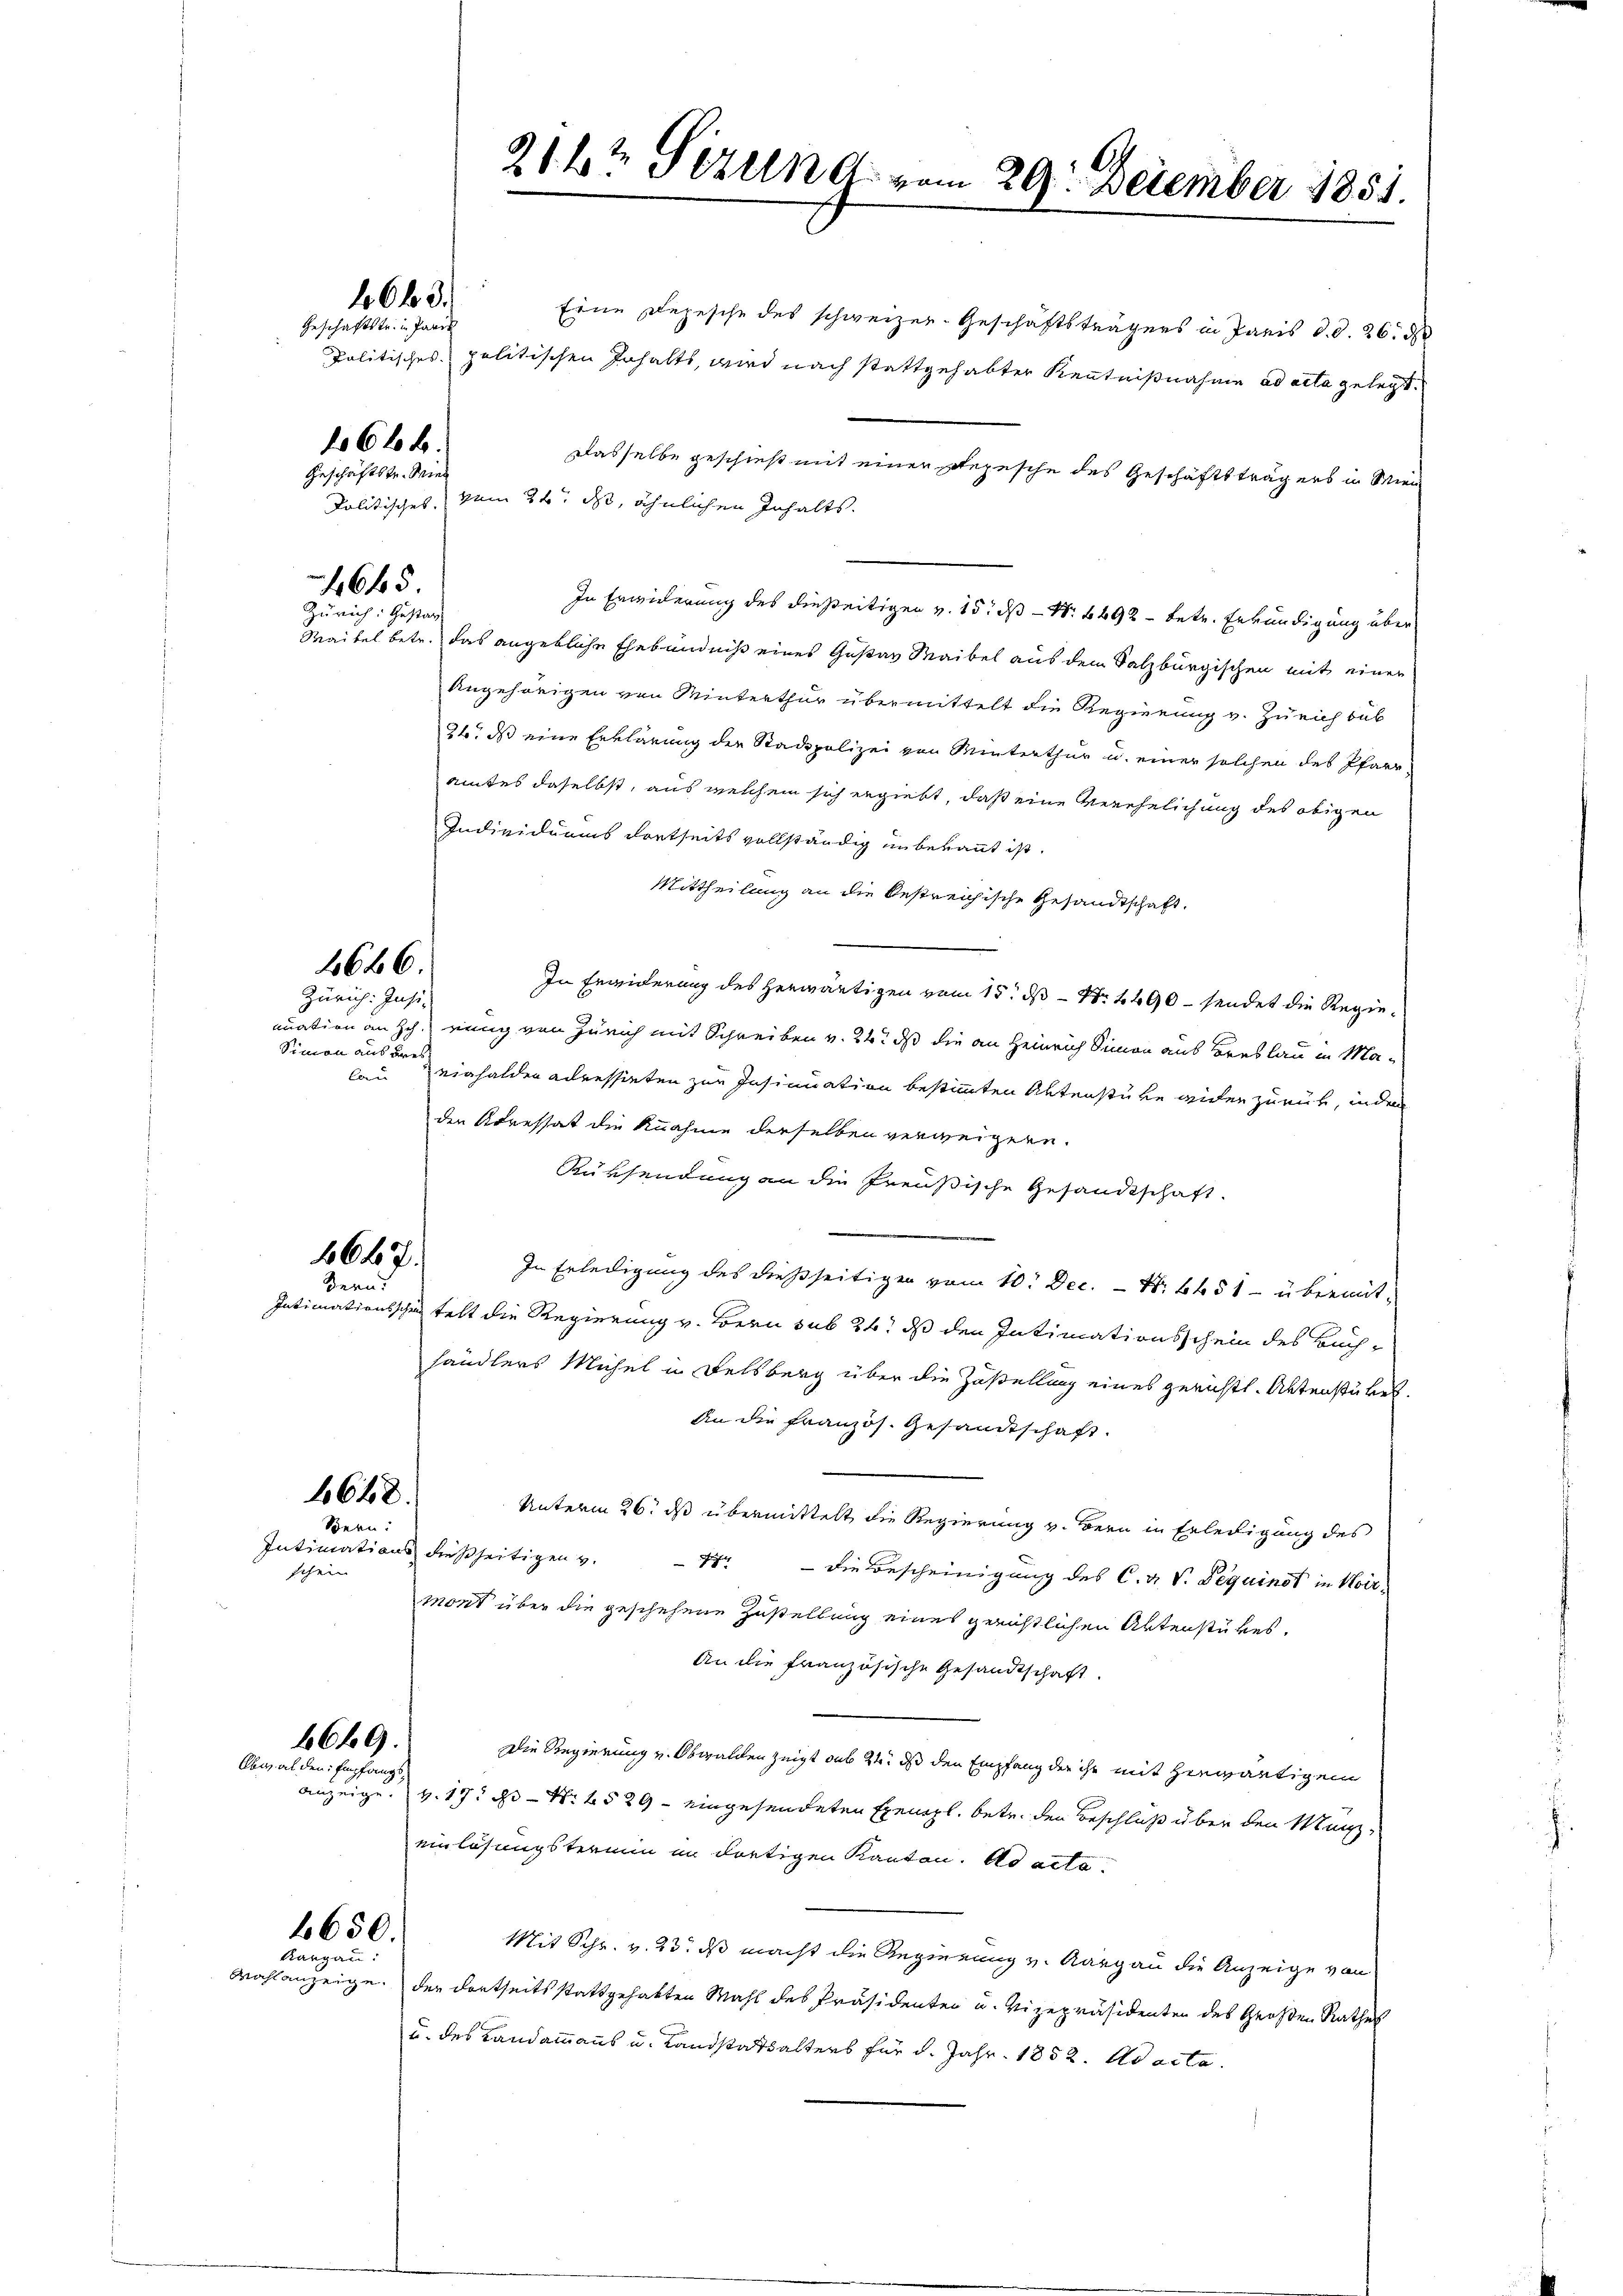
schein

1663.

Geschäftstr. in Paris

Geschäftstr. Wies

166.

1645
Zürich: Gestan

4666.

Zürich. Insi-
Simon aus Bret¬

1642.
Bern.

1648.
Bern:

6669.
Abeal den Empfangs

2650.
Kargau.

Eine Depesche des schweizer-Geschäftsträgers in Paris d.d. 26.
politisches politischen Inhalts, wird nach stattgehabter Kenntnißnahme ad acta gelegt.
Dasselbe geschieht mit einer Depesche des Geschäftsträgers in Mien
kolitisches vom 24. ds, ähnlichen Inhalts.
In Erwiderung des dießeitigen v. 15. ds N. 4492 - betr. Erkundigung über
Maitel betr. das angebliche Ehebendniß eines Gustav Maibel aus dem Salzburgischen mit einer
Angehörigen von Winterthur übermittelt die Regierung v. Zürich bub
26. ds eine Erklärung der Stadtpolizei von Winterthur u. einer solchen des Pfarramtes daselbst, aus welchem sich ergiebt, daß eine Verehelichung des obigen
Individuums dortseits vollständig in bekannt ist.
Mittheilung an die bestreichische Gesandtschaft.
In Erwiderung des herwärtigen vom 15. ds Nr. 4490 - sendet die Regienuation an Hch. einig von Zürich mit Schreiben v. 24, daß die an Heinrich Simon aus Breslau in Malau einhalden adressieten zur Insinuation bestimmten Aktenstüke wider zurück, indem
der Arressat die Knahme derselben verweigern.
Rüksendung an die Preußische Gesandtschaft.
In Erledigung des dießseitigen vom 10. Dec. - N. 4451 - übermit¬
Intimationssche telt die Regierung v. Bern sub 24. ds den Intimationsschein des Buchhändlers Michel in Felsberg über die Zustellung eines gerichtl. Aktenstükes,
An die Französ. Gesandtschaft.
Unterm 26. ds übermittelt die Regierung v. Bern in Erledigung des
Intimations dießseitigen v.
4r - die Bescheinigung des C. R. V. Pequindt in Hoir-
mont über die geschehene Zustellung eines gerichtlichen Aktenstükes.
An die französische Gesandtschaft
Die Regierung v. Obwalden zeigt sub 24. ds den Empfang der ihr mit herwärtigem
anzeige. v. 17. ds Nr. 1529 - eingesendeten Exempl. betr. den Beschluß über den Münzeinlösungsterium in dortigen Kanton. ad acte
Mit Schr. v. 23. ds macht die Regierung v. Aargau die Anzeige von
Wahlanzeige. Der dortseits stattgehabten Wahl des Präsidenten u. Vizepräsidenten des Großen Rathes
u. des Landammanns u. Landstatsalters für d. Jahr 1852. Ad acta.

214½ Sizen d. vom 29. Dezember 1851.